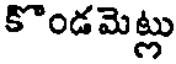
కొండమెట్లు